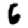
Digit: 6